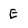
Character: E